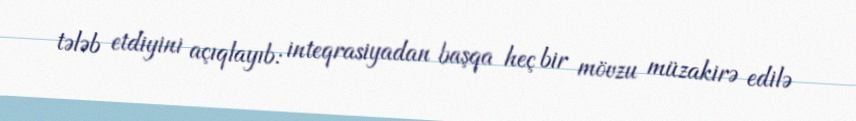
tələb etdiyini açıqlayıb: inteqrasiyadan başqa heç bir mövzu müzakirə edilə